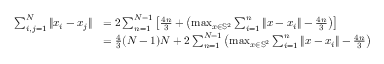
\begin{array} { r l } { \sum _ { i , j = 1 } ^ { N } \| x _ { i } - x _ { j } \| } & { = 2 \sum _ { n = 1 } ^ { N - 1 } \left[ \frac { 4 n } { 3 } + \left( \operatorname* { m a x } _ { x \in \mathbb { S } ^ { 2 } } \sum _ { i = 1 } ^ { n } \| x - x _ { i } \| - \frac { 4 n } { 3 } \right) \right] } \\ & { = \frac { 4 } { 3 } ( N - 1 ) N + 2 \sum _ { n = 1 } ^ { N - 1 } \left( \operatorname* { m a x } _ { x \in \mathbb { S } ^ { 2 } } \sum _ { i = 1 } ^ { n } \| x - x _ { i } \| - \frac { 4 n } { 3 } \right) } \end{array}